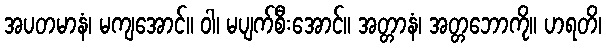
အပတမာနံ၊ မကျအောင်။ ဝါ၊ မပျက်စီးအောင်။ အတ္တာနံ၊ အတ္တဘောကို။ ဟရတိ၊